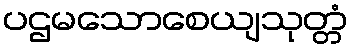
ပဌမသောစေယျသုတ္တံ